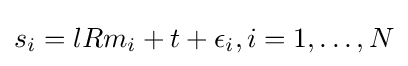
s_{i}=lRm_{i}+t+\epsilon _{i},i=1,\dots ,N